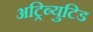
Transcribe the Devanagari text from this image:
अट्रिब्युटिड